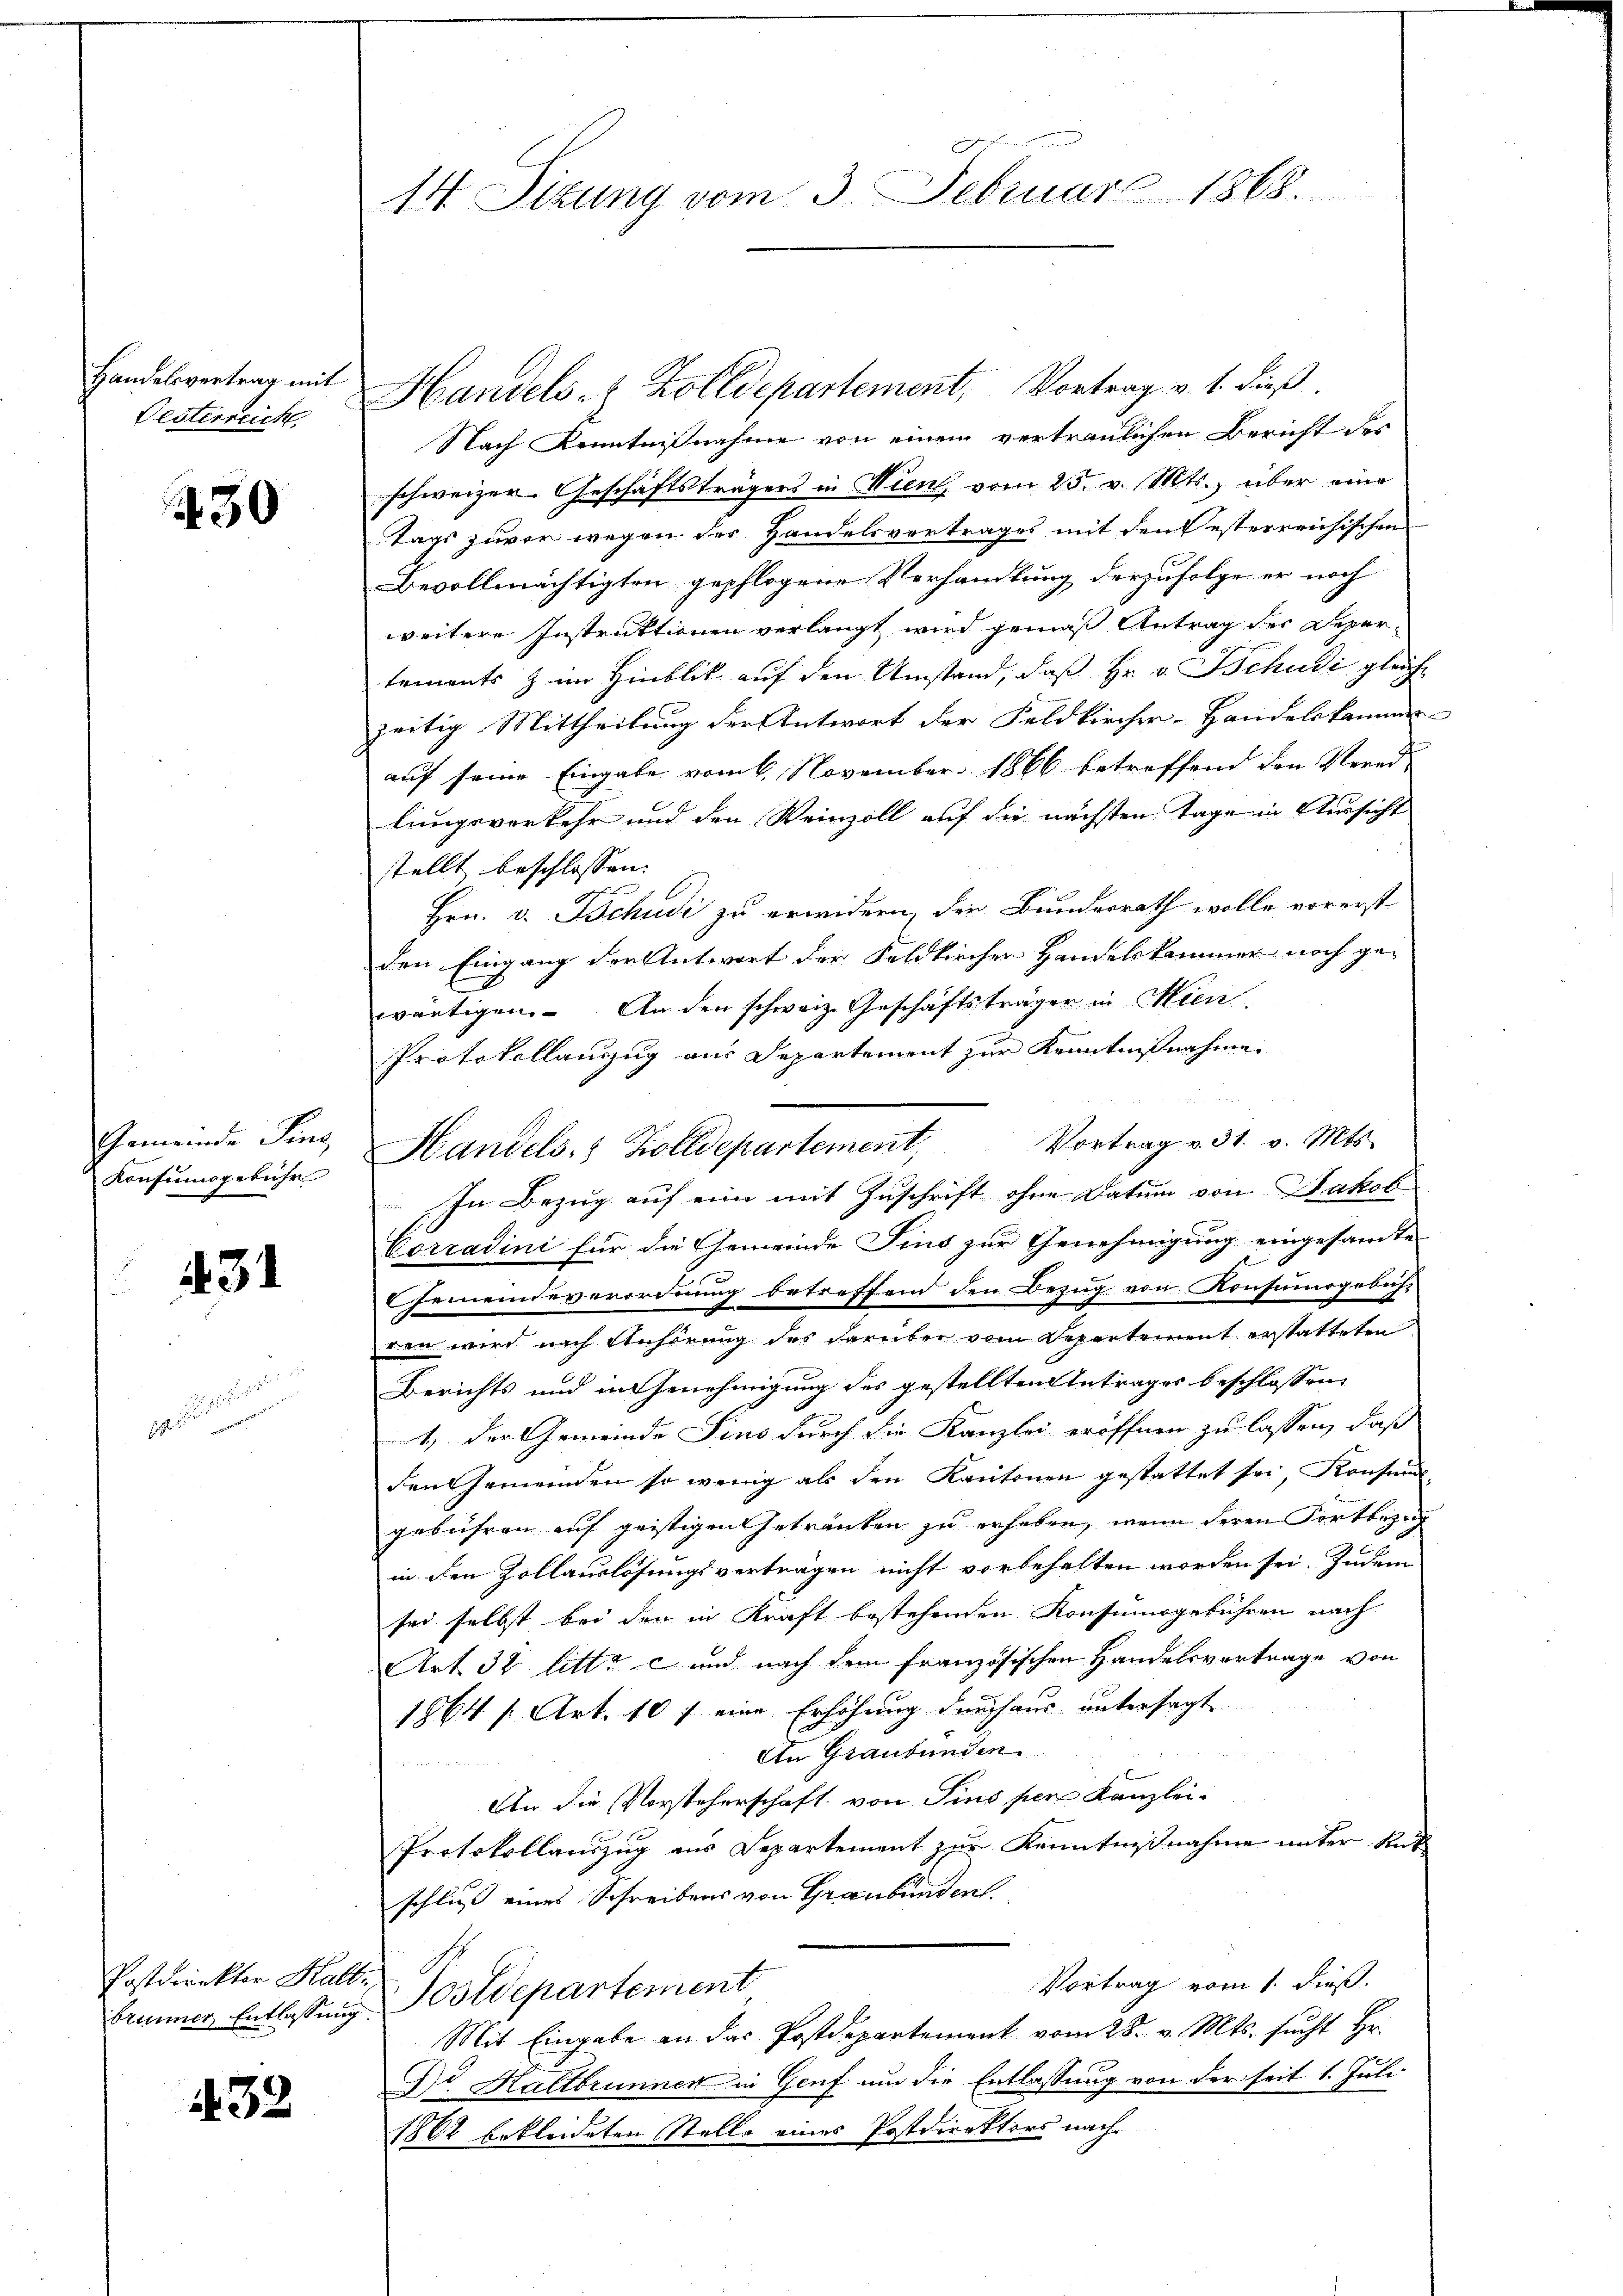
Handelsvertrag mit
Gesterreich

30

Gemeinde Sing
Konsungebühr

431

Postdirektor Halt.
brunner Entlassung

1432

14. Sitzung vom 3. Februar 1868.

Nach Kenntnißnahme von einem vertraulichen Bericht des
schweizer. Geschäftsträgers in Wien vom 25. v. Mts., über eine
tags zuvor wegen der Handelsvertrages mit den Resterreichischen
Bevollmächtigten gepflogene Verhandlung derzufolge er noch
weitere Instruktionen verlangt wird gemäß Antrag der Deper
tements & im Hinblick auf den Umstand, daß Hr. v. Schudi gleich-
zeitig Mittheilung der Antwort der Feldkircher-Handelskamme
auf seine Eingabe vom 6. November 1866 betreffend den Verei-
lungsverkehr und den Weinzoll auf die nächsten Tage in Aussicht
stellt beschlossen:
Hrn. v. Tschudi zu erwidern, der Bundesrath wolle vorerst
den Eingang der Antwort der Feldkircher Handelskammer noch gewärtigen. An den schweiz. Geschäftsträger in Wien,
Protokollanzug aus Departement zur Kenntnißnahme.
In Bezug auf eine mit Zuschrift ohne Datum von Jakob
Corradini für die Gemeinde Sind zur Genehmigung eingesamte
Gemeindeverordnung betreffend den Bezug von Konsumsgebich-
ren wird nach Anhörung des darüber vom Departement erstatteten
Berichts und in Genehmigung des gestellten Antrages beschlossen,
1.) Der Gemeinde Sind durch die Kanzlei eröffnen zu lassen, daß
den Gemeinden so wenig als den Kantonen gestattet sei, Konsun
gebühren auf geistigen Getränken zu erheben, wenn deren Fortbezug
in den Zollauslösungsvertragen nicht vorbehalten worden sei. Indem
sei selbst bei den in Kraft bestehenden Konsumsgebühren nach
Art 32 litt. c und nach dem französischen Handelsvertrage von
1864 s. Art. 10 f eine Erhöhung durchaus untersagt
An Graubünden.

An die Vorsteherschaft von Pins per Kanzlei-
Protokollauszug aus Departement zur Kenntnißnahme unter Rat
schluss eines Schreibens von Graubünden.
Vortrag vom 1. dieß.
Sostdepartement
Mit Eingabe an das Postdepartement vom 28. v. Mts. sucht Hr.
Dr. Kaltbrunnen in Genf um die Entlassung von der seit 1. Juli
1862 bekleideten Stelle eines Postdirektors nach

Handels- & Zolldepartement, Vortrag v. 1. dieß

Handels- & Zolldepartement, Vortrag v. 31. v. Mts.